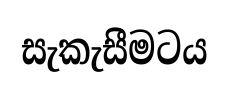
සැකැසීමටය